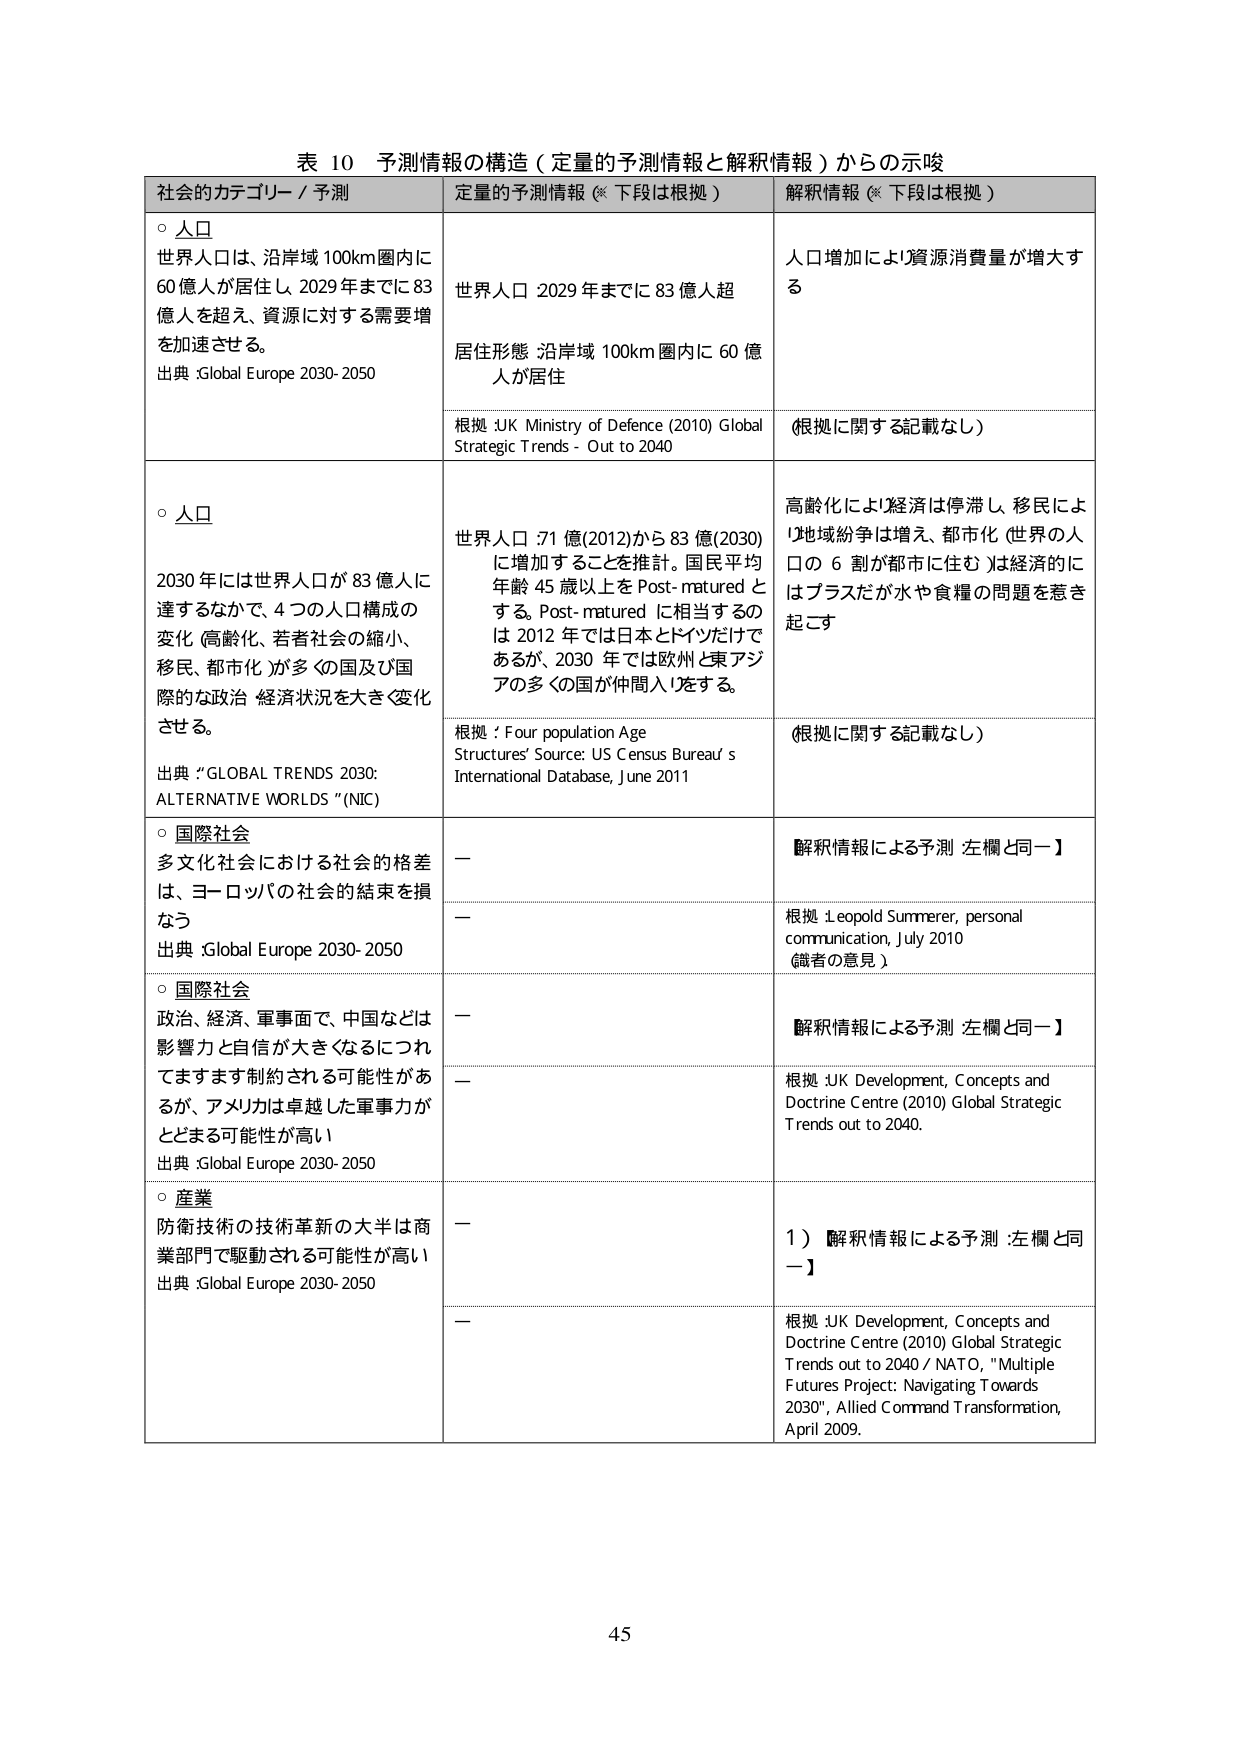
表 10 予測情報の構造（定量的予測情報と解釈情報）からの示唆

社会的カテゴリー / 予測　　　　　　　定量的予測情報（※下段は根拠）　　　　　　　解釈情報（※下段は根拠）

○ 人口
世界人口は、沿岸域 100km 圏内に 60 億人が居住し、2029 年までに 83 億人を超え、資源に対する需要増を加速させる。
出典：Global Europe 2030-2050

世界人口 2029 年までに 83 億人超
居住状態 沿岸域 100km 圏内に 60 億人が居住

根拠：UK Ministry of Defence (2010) Global Strategic Trends - Out to 2040

人口増加により資源消費量が増大する

（根拠に関する記載なし）

○ 人口
2030 年には世界人口が 83 億人に達するなかで、4 つの人口構成の変化（高齢化、若者社会の縮小、移民、都市化）が多くの国及び国際的な政治・経済状況を大きく変化させる。
出典：”GLOBAL TRENDS 2030: ALTERNATIVE WORLDS” (NIC)

世界人口：71 億（2012）から 83 億（2030）に増加することを推計。国民平均年齢 45 歳以上を Post-matured とする。Post-matured に相当するのは 2012 年では日本とドイツだけであるが、2030 年では欧州と東アジアの多くの国が仲間入りをする。

根拠：Four population Age Structures’ Source: US Census Bureau’s International Database, June 2011

高齢化により経済は停滞し、移民により地域紛争は増え、都市化（世界の人口の 6 割が都市に住む）は経済的にはプラスだが水や食糧の問題を惹き起こす

（根拠に関する記載なし）

○ 国際社会
多文化社会における社会的格差は、ヨーロッパの社会的結束を損なう
出典：Global Europe 2030-2050

ー

【解釈情報による予測 左欄と同一】

根拠：Leopold Summerer, personal communication, July 2010
（識者の意見）

○ 国際社会
政治、経済、軍事面で、中国などは影響力と自信が大きくなるにつれてますます制約される可能性があるが、アメリカは卓越した軍事力がとどまる可能性が高い
出典：Global Europe 2030-2050

ー

【解釈情報による予測 左欄と同一】

根拠：UK Development, Concepts and Doctrine Centre (2010) Global Strategic Trends out to 2040.

○ 産業
防衛技術の技術革新の大半は商業部門で駆動される可能性が高い
出典：Global Europe 2030-2050

ー

1）解釈情報による予測：左欄と同一】

ー

根拠：UK Development, Concepts and Doctrine Centre (2010) Global Strategic Trends out to 2040 / NATO, "Multiple Futures Project: Navigating Towards 2030", Allied Command Transformation, April 2009.

45